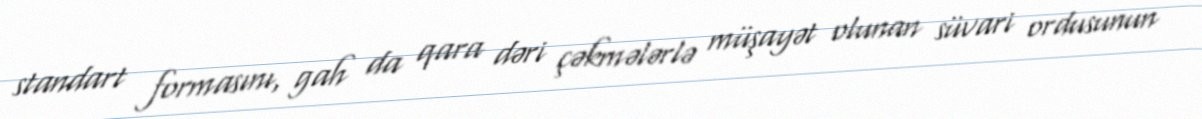
standart formasını, gah da qara dəri çəkmələrlə müşayət olunan süvari ordusunun